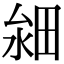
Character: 𤱸